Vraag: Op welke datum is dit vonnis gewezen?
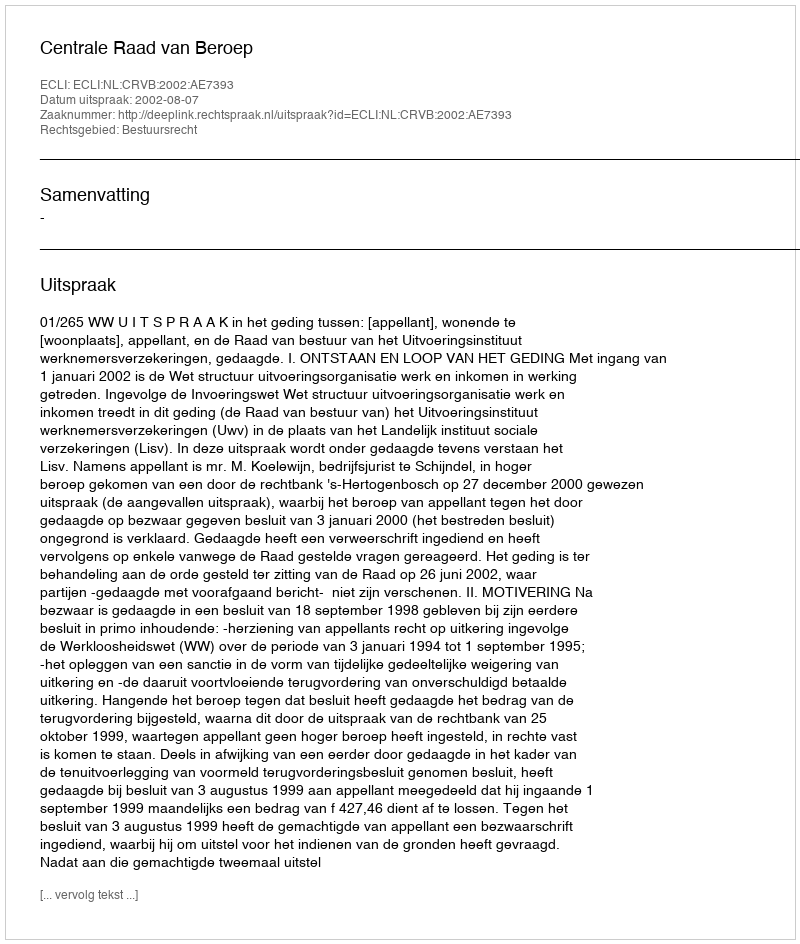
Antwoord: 2002-08-07